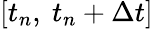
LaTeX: \left[{{t}_{n}},\ {{t}_{n}}+\Delta t\right]